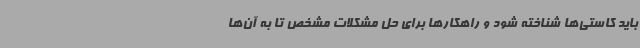
باید کاستی‌ها شناخته شود و راهکارها برای حل مشکلات مشخص تا به آن‌ها